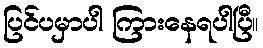
ပြင်ပမှာပါ ကြားနေရပါပြီ။